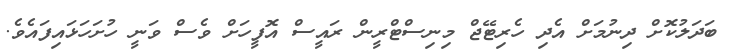
ބަދަލުކޮށް ދިނުމަށް އެދި ހެރިޓޭޖް މިނިސްޓްރީން ރައީސް އޮފީހަށް ވެސް ވަނީ ހުށަހަޅައިފައެވެ.